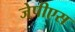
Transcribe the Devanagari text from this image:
जेपीएस